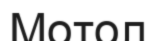
Мотол